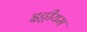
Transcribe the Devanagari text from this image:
इट्टीयम